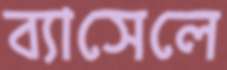
ব্যাসেলে